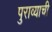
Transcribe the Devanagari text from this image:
पुराव्याची